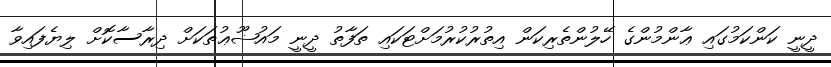
ދީނީ ކަންކަމުގައި ޢާންމުންގެ ހޭލުންތެރިކަން އިތުރުކުރުމަށްޓަކައި ތަފާތު ދީނީ މައުޟޫޢުތަކަށް ދިރާސާކޮށް ލިޔެފައިވާ